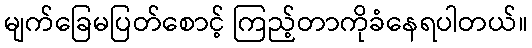
မျက်ခြေမပြတ်စောင့် ကြည့်တာကိုခံနေရပါတယ်။